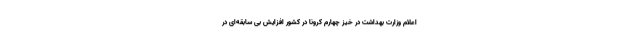
اعلام وزارت بهداشت در خیز چهارم کرونا در کشور افزایش بی سابقه‌ای در